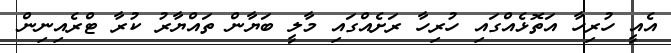
އެއީ ހުރިހާ އަތޮޅެއްގައި ހުރިހާ ރަށެއްގައި މާލީ ބަޔާން ތައްޔާރު ކުރާ ޓްރެއިނިން